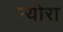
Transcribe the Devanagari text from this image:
न्योरा